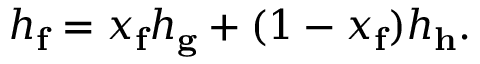
h _ { \mathbf { f } } = x _ { \mathbf { f } } h _ { \mathbf { g } } + ( 1 - x _ { \mathbf { f } } ) h _ { \mathbf { h } } .